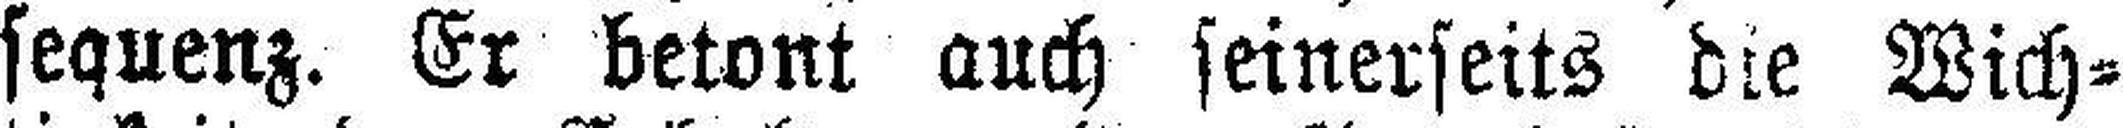
sequenz. Er betont auch seinerseits die Wich¬